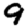
Digit: 9